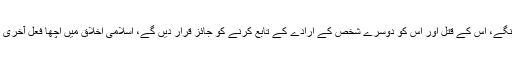
" اسی وجہ سے یہ تصور کرنا مشکل تھا کہ مسلمانوں پر ایسا وقت بھی آئے گا جس میں وہ دوسرے پر مسلط ہونگے، اس کے قتل اور اس کو دوسرے شخص کے ارادے کے تابع کرنے کو جائز قرار دیں گے، اسلامی اخلاق میں اچھا فعل آخری زمانے تک ہر قسم کے حالات و واقعات میں اچھا ہی ہے اور اسی طرح برا فعل آخری زمانے تک برا ہی ہے "۔